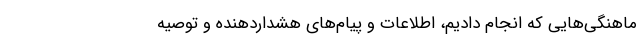
ماهنگی‌هایی که انجام دادیم، اطلاعات و پیام‌های هشداردهنده و توصیه